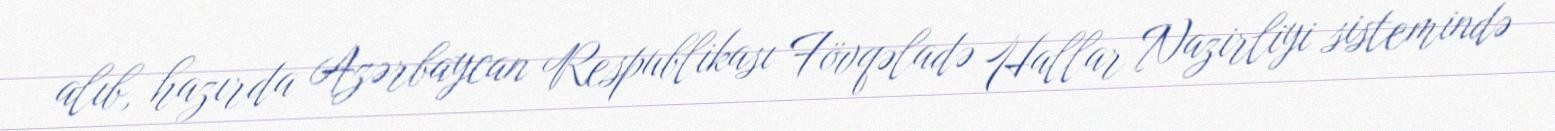
alıb, hazırda Azərbaycan Respublikası Fövqəladə Hallar Nazirliyi sistemində